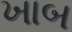
ખાબ